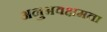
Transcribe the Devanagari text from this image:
अनुभवक्षमता